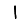
Digit: 1